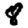
Digit: 8